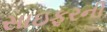
સાઇફરની